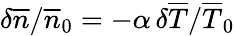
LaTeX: \delta\overline{{n}}/\overline{{n}}_{0}=-\alpha\, \delta\overline{{T}}/\overline{{T}}_{0}